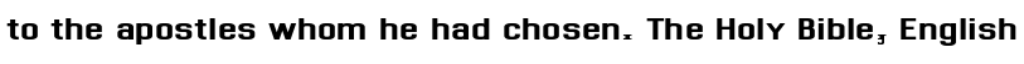
to the apostles whom he had chosen. The Holy Bible, English